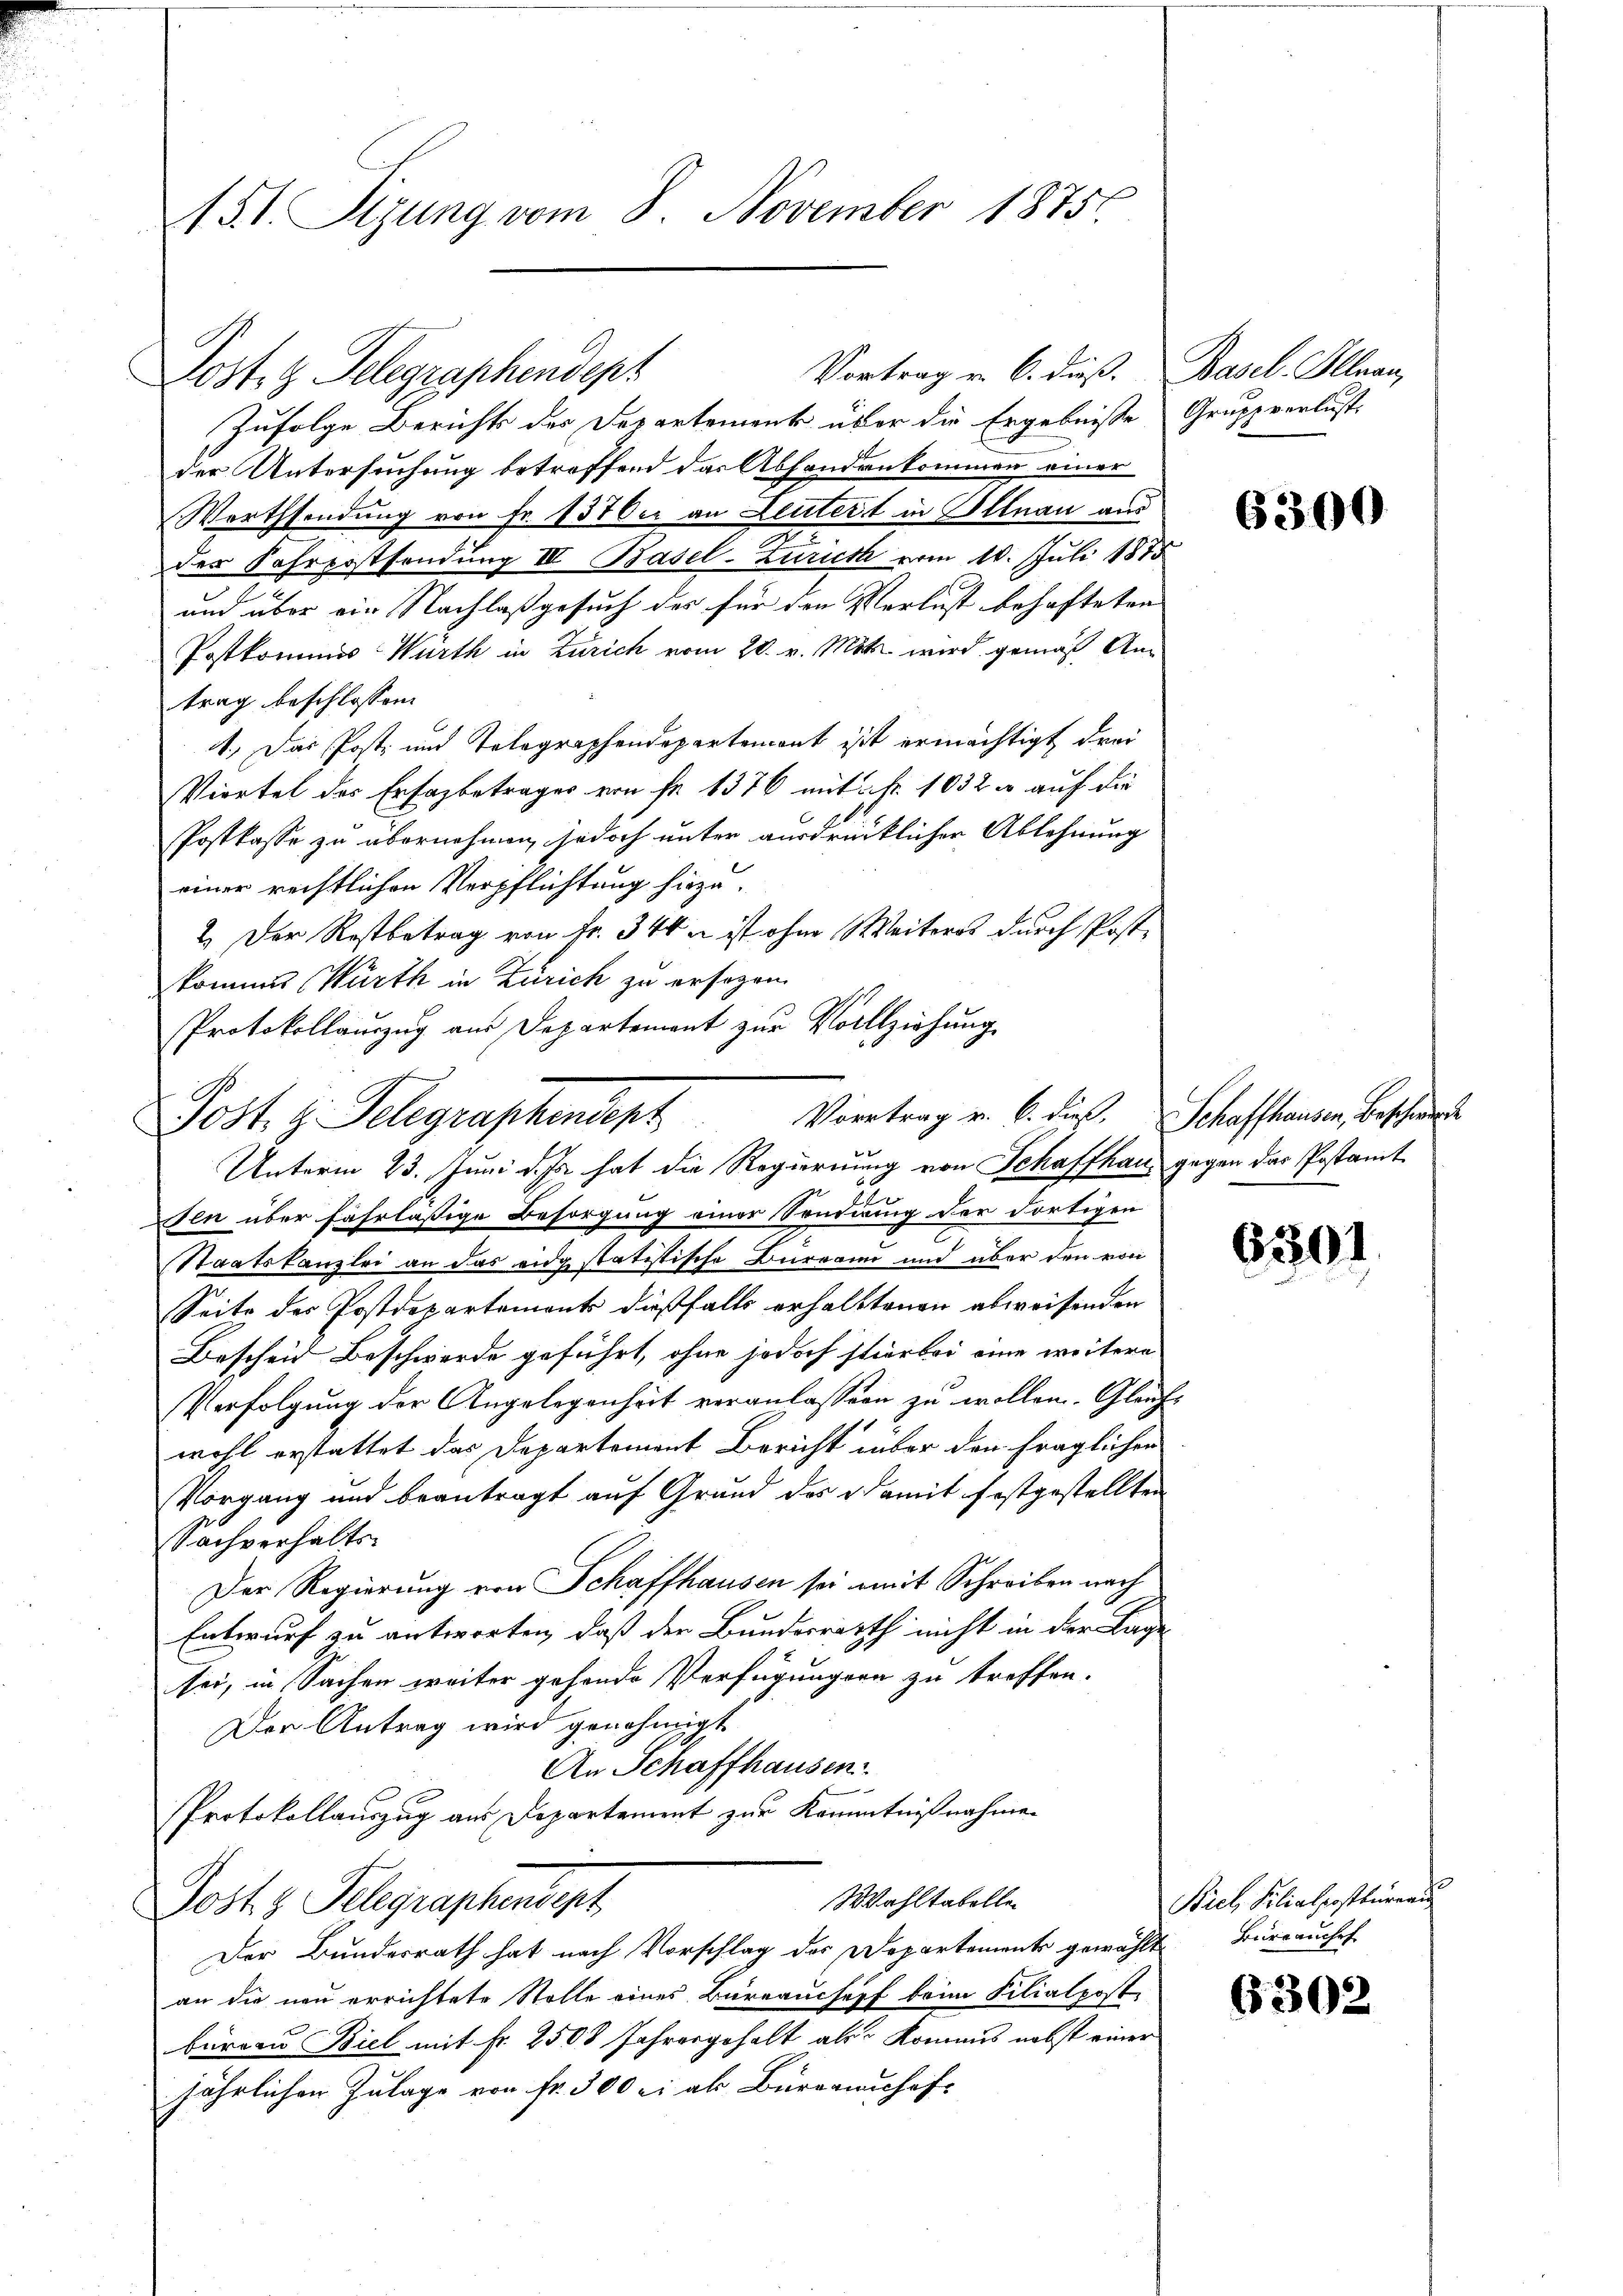
151. Sizung vom 8. November 1875.

Vortrag v. 6. dieß. Basel. Illnau,
Lost. g. Telegraphendept
Zufolge Berichts der Departement über die Ergebnisse Gruppverlust.
der Untersuchung betreffend das Absondenkommen einer
Werthsendung von Fr. 1370er an Leutert in Illnau aus
der Fahrpostsendung III Basel-Zürich vom 10. Juli 1875
und über ein Nachlaßgesuch der für den Verlust behafteten
Postkommes Würth in Zürich vom 28. v. Mts. wird gemäß Antrag beschlossen:
4., Das Post- und Telegraphendepartemont ist ermächtigt drei
Viertel des Ersagbetrages von fr. 1376 mit 5 Fr. 1032 u. auf die
Postkasse zu übernehmen, jedoch unter ausdrücklicher Ablehnung
einer rechtlichen Verpflichtung hiezu.
2.) Der Rostbetrag von Fr. 344 n ist ohne Weiteres durch Postkommes Würth in Zürich zu ersezen.
Protokollauszug aus Departement zur Vollziehung

Post. g. Telegraphendent Vortrag v. 6. dies. Schaffhausen, beschen

Unterm 23. Juni d. Js. hat die Regierung von Schaffhaus gegen das Postamt
sen über fahrlässige Besorgung einer Sendung der dortigen
Staatskanzlei an das eidgstatistische Bureau und aber den von
Seite des Postdepartement dießfalls erhalttenen abweisenden
Bescheid Beschwerde geführt, ohne jedoch stierbei eine weitere
Verfolgung der Angelegenheit veranlassen zu wollen. Gleichwohl erstattet das Departement Bericht über den fraglichen
Vorgang und beantragt auf Grund des damit festgestellten
Sachverhalte
Der Regierung von Schaffhausen sei mit Schreiben nach
Entwurf zu antworten, daß der Bundesrath nicht in der Tage
sei, in Sachen weiter gehende Verfügungen zu treffen.
Der Antrag wird genehmigt
An Schaffhausen.
Protokollauszug aus Departement zur Kenntnißnahmen
Wahltabellen
Gost 3 Telegraphendept
Der Bundesrath hat nach Vorschlag des Departements gewählt Bureauschef
an die neu errichtete Stolle eines Bureaucsopf beim Filialpost
bureau Biel mit Fr. 2508 Jahresgehalt als Komans nebst einer
jährlichen Zulage von Fr. 300 ei als Büreaunhof-

6300

6301

Biel, Filialpostbureau

6302